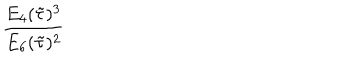
LaTeX: \frac { E _ { 4 } ( \tilde { \tau } ) ^ { 3 } } { E _ { 6 } ( \tilde { \tau } ) ^ { 2 } }